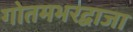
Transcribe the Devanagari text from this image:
गोतमभरद्वाजा